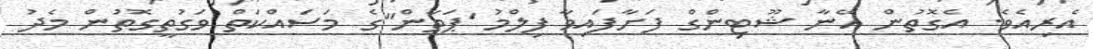
އެރިއެވެ. އެގޮތުން އޭނާ ޝޫޓިންގް ފަށާފައިވާ ފިލްމު 'ޕަތާން"ގެ މަސައްކަތް ވަގުތީގޮތުން މެދު